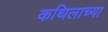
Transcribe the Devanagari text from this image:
कथिलाच्या